Leaving Certificate Examination, 1909
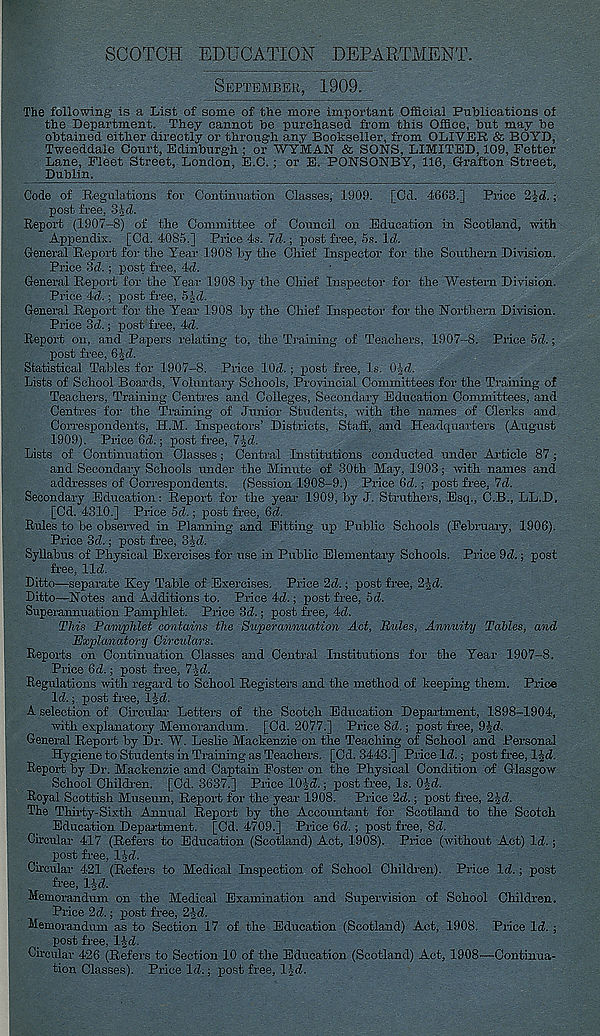
SCOTCH EDUCATION DEPARTMENT.
September, 1909.
The following’ is a List of some of the more important Official Publications of
the Department. They cannot he purchased from this Office, hut may_ he
obtained either directly or throixgli any Bookseller, from OLIVER & BO YD,
Tweeddale Court, Edinburgh ; or WYMAN & SONS, LIMITED, 109, Fetter
Lane, Fleet Street, London, E.C.; or E. PONSGNBY, 116, Grafton Street,
Dublin.
Code of Regulations for Continuation Classes, 1909. [Cd. 4063.] Price 2 Id.;
post free, 34d.
Report (1907-8) of the Committee of Council on Education in Scotland, with
Appendix. [Cd. 4085.] Price 4s. Id. • post free, 5s, Id.
General Report for the Year 1908 by the Chief Inspector for the Southern Division.
Price 3d.; post free, 4d.
General Report for the Year 1908 by the Chief Inspector for the Western Division.
Price 4d.; post free, 5|d.
General Report for the Year 1908 by the Chief Inspector for the Northern Division.
Price 3d.; post free, 4d.
Report on, and Papers relating to, the Training of Teachers, 1907-8. Price 5d.;
post free, OJd.
Statistical Tables for 1907-8. Price lOd.; post free, Is. 0^-d.
Lists of School Boards, Voluntary Schools, Provincial Committees for the Training of
Teachers, Training Centres and Colleges, Secondary Education Committees, and
Centres for the Training of Junior Students, with the names of Clerks and
Correspondents, H.M. Inspectors’ Districts, Staff, and Headquarters (August
1909). Price 6d.; post free, Ib.d.
Lists of Continuation Classes; Central Institutions conducted under Article 87;
and Secondary Schools under the Minute of 30th May, 1903; with names and
addresses of Correspondents. (Session 1908-9.) Price 6d.; post free, 7d.
Secondary Education: Report for the year 1909, by J. Struthers, Esq., C.B., LL.D.
[Cd. 4310.] Price 5d.; post free, 6d.
Rules to be observed in Planning and Pitting up Public Schools (February, 1906).
Price 3cZ.; post free, Bjd.
Syllabus of Physical Exercises for use in Public Elementary Schools. Price 9d.; post
free, lid.
Ditto—separate Key Table of Exercises. Price 2d.; post free, 2|d.
Ditto—Notes and Additions to. Price 4d.; post free, 5d.
Superannuation Pamphlet. Price 3d.; post free, 4d.
This Pamphlet contains the Superannuation Act, Pules, Annuity Tables, and
Explanatory Circulars.
Reports on Continuation Classes and Central Institutions for the Year 1907-8.
Price 6d.; post free, 7jd.
Regulations with regard to School Registers and the method of keeping them. Price
Id.; post free, IJd.
A selection of Circular Letters of the Scotch Education Department, 1898-1904,
with explanatory Memorandum. [Cd. 2077.] Price 8d.; post free, 9jd.
General Report by Dr. W. Leslie Mackenzie on the Teaching of School and Personal
Hygiene to Students in Training as Teachers. [Cd. 3443.] Price Id.; post free, 1 Jd.
Report by Dr. Mackenzie and Captain Poster on the Physical Condition of Glasgow
School Children, [Cd. 3637.] Price lOJd.; post free, Is. 0|d.
Royal Scottish Museum, Report for the year 1908. Price 2d.; post free, 2Jd.
The Thirty-Sixth Annual Report by the Accountant for Scotland to the Scotch
Education Department. [Cd. 4709.] Price 6d.; post free, 8d.
Circular 417 (Refers to Education (Scotland) Act, 1908). Price (without Act) Id.;
post free, lid.
Circular 421 (Refers to Medical Inspection of School Children). Price Id.; post
free, lid.
Memorandum on the Medical Examination and Supervision of School Children.
Price 2d.; post free, 2id.
Memorandum as to Section 17 of the Education (Scotland) Act, 1908. Price Id. ;
post free, lid.
Circular 426 (Refers to Section 10 of the Education (Scotland) Act, 1908—Continua-
tion Classes). Price Id.; post free, lid.